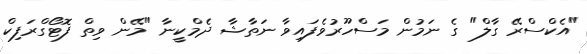
"އެކްސްރޭ ގާލް" ގެ ނަމުން މަސްހޫރުވެފައިވާ ނަތާޝާ ދެމްކީނާ "މޭން ވިތް ފޮޓޯގްރަފިކް